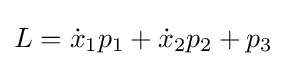
L={\dot {x}}_{1}p_{1}+{\dot {x}}_{2}p_{2}+p_{3}